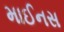
માઈનસ